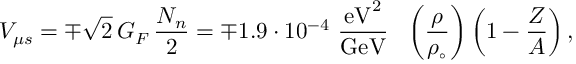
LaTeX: V _ { \mu s } = \mp \sqrt { 2 } \, G _ { F } \, { \frac { N _ { n } } { 2 } } = \mp 1 . 9 \cdot 1 0 ^ { - 4 } ~ { \frac { \mathrm { e V } ^ { 2 } } { \mathrm { G e V } } } ~ ~ \left( { \frac { \rho } { \rho _ { \circ } } } \right) \left( 1 - { \frac { Z } { A } } \right) ,